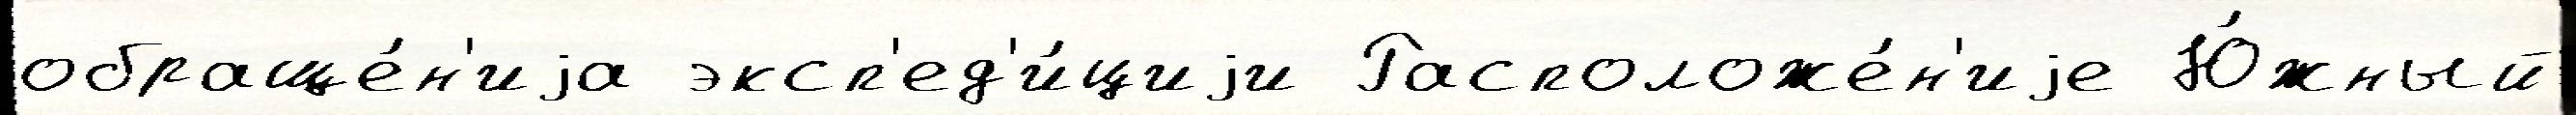
обраще́н'иjа эксп'ед'и́циjи Расположе́н'иjе Ю́жный